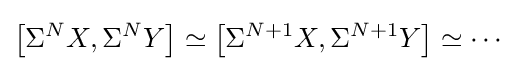
\left[\Sigma ^{N}X,\Sigma ^{N}Y\right]\simeq \left[\Sigma ^{N+1}X,\Sigma ^{N+1}Y\right]\simeq \cdots